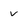
Character: v